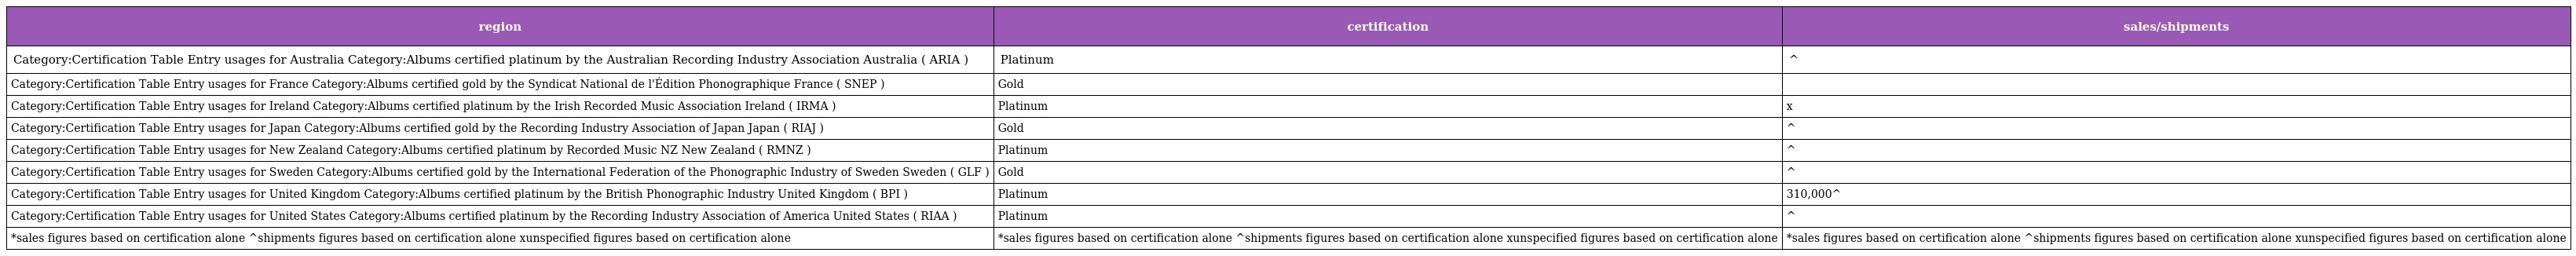
| region | certification | sales/shipments |
 | --- | --- | --- |
 | Category:Certification Table Entry usages for Australia Category:Albums certified platinum by the Australian Recording Industry Association Australia ( ARIA ) | Platinum | ^ |
 | Category:Certification Table Entry usages for France Category:Albums certified gold by the Syndicat National de l'Édition Phonographique France ( SNEP ) | Gold |  |
 | Category:Certification Table Entry usages for Ireland Category:Albums certified platinum by the Irish Recorded Music Association Ireland ( IRMA ) | Platinum | x |
 | Category:Certification Table Entry usages for Japan Category:Albums certified gold by the Recording Industry Association of Japan Japan ( RIAJ ) | Gold | ^ |
 | Category:Certification Table Entry usages for New Zealand Category:Albums certified platinum by Recorded Music NZ New Zealand ( RMNZ ) | Platinum | ^ |
 | Category:Certification Table Entry usages for Sweden Category:Albums certified gold by the International Federation of the Phonographic Industry of Sweden Sweden ( GLF ) | Gold | ^ |
 | Category:Certification Table Entry usages for United Kingdom Category:Albums certified platinum by the British Phonographic Industry United Kingdom ( BPI ) | Platinum | 310,000^ |
 | Category:Certification Table Entry usages for United States Category:Albums certified platinum by the Recording Industry Association of America United States ( RIAA ) | Platinum | ^ |
 | *sales figures based on certification alone ^shipments figures based on certification alone xunspecified figures based on certification alone | *sales figures based on certification alone ^shipments figures based on certification alone xunspecified figures based on certification alone | *sales figures based on certification alone ^shipments figures based on certification alone xunspecified figures based on certification alone |